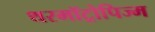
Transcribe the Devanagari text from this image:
थरमॉट्रोपिज्म